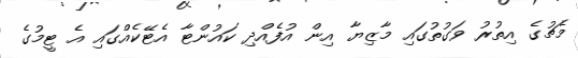
މެޗުގެ އިތުރު ވަގުތުގައި މާޒިޔާ އިން އުފެއްދި ކައުންޓާ އެޓޭކެއްގައި އެ ޓީމުގެ